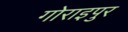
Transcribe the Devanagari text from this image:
गोराइपुर